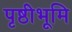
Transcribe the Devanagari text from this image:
पृष्ठीभूमि